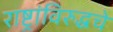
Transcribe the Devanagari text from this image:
राष्ट्रांविरुद्धचे